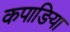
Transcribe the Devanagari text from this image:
कपाङिया